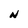
Character: N